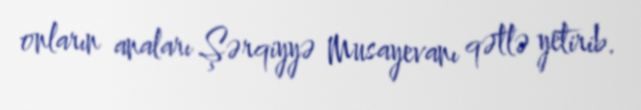
onların anaları Şərqiyyə Musayevanı qətlə yetirib.